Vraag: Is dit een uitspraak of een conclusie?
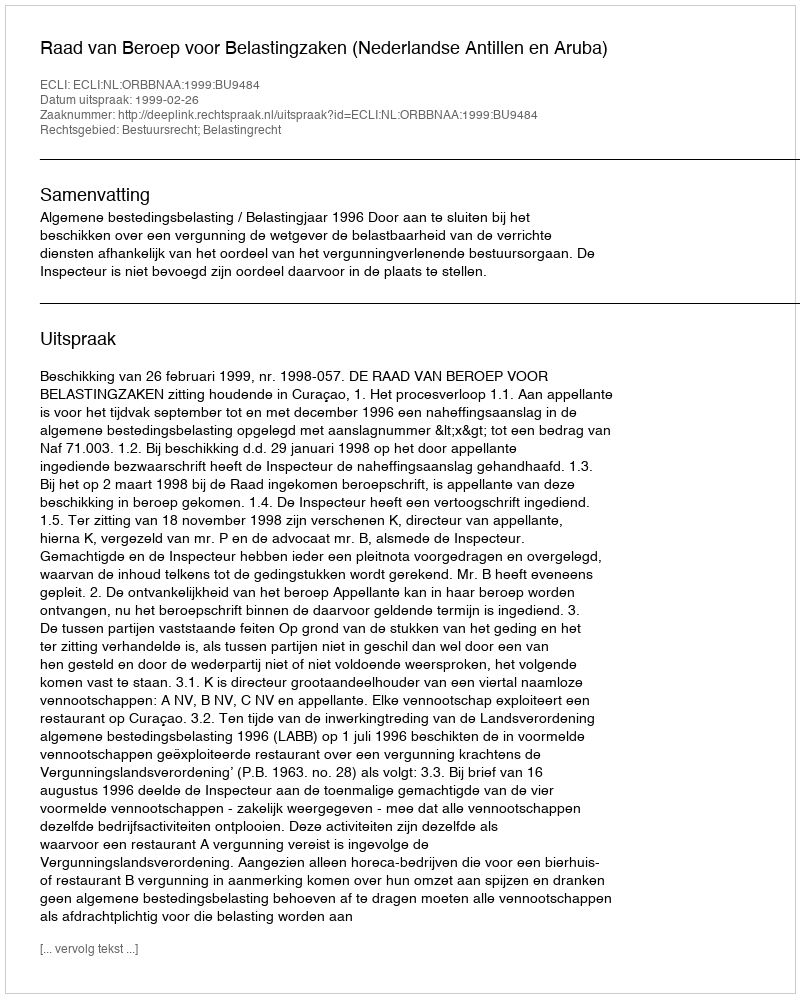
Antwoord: Uitspraak